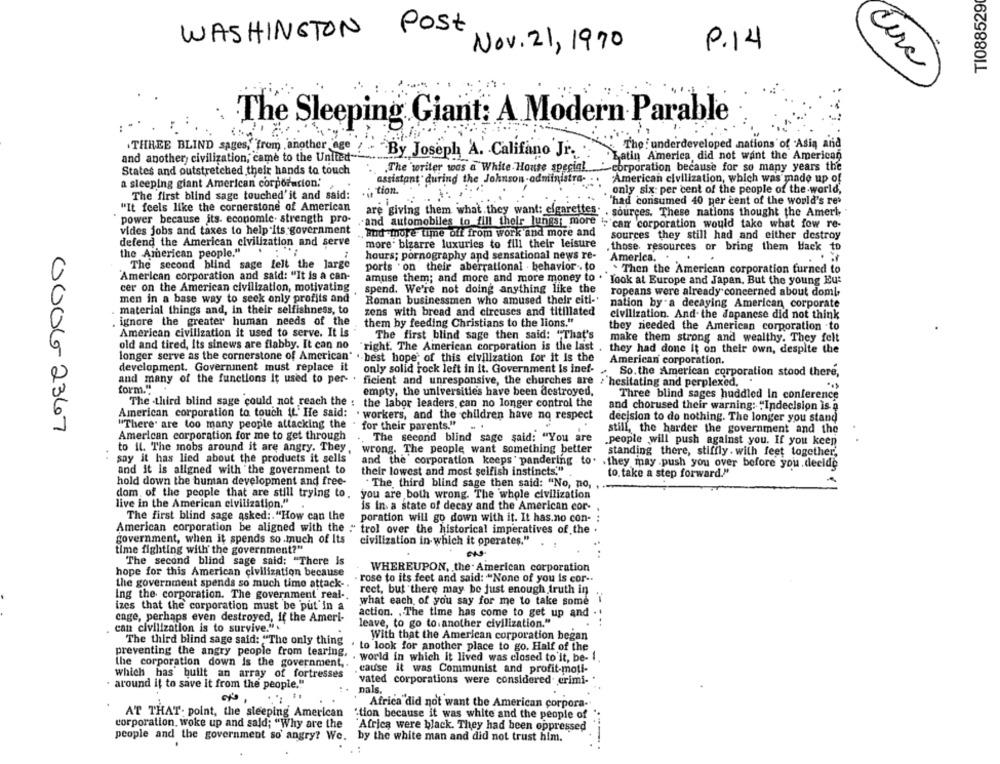
TI088529
WASHINGTON Post
P.14
Nov. 21, 1970
circ
The Sleeping Giant: A Modern Parable
:
.THREE BLIND sages,"from another age
The : underdeveloped nations of Asia and
and another civilization, came to the United-
By Joseph A. Califano Jr.
Latin America did not want the American
.The 'writer was a White House special
-corporation because for so many years the
States and outstretched their hands to touch
a sleeping giant American corporacion.'
assistant during the Johnson-administra-
American civilization, which was made up of
tion.
only six per cent of the people of the world,
The first blind sage touched'it and said:
"It feels like the cornerstone of American
1
"had consumed 40 per cent of the world's res
are giving them what they want: cigarettes
sources. These nations thought the Ameri-
power because its. economie. strength pro-
and automobiles to fill their lungs; more
vides jobs and taxes to help its government
car corporation would take what fow re-
and more time off from work and more and
sources they still had and either destroy
defend the American civilization and serve
more' bizarre luxuries to fill their leisure
the American people."
those resources or bring them back to
hours; pornography and sensational news re-
America.
The second blind sage felt the large
ports . on their aberrational . behavior . to
American corporation and said: "It is a can-
. Then the American corporation turned to
amuse them; and more and more money to
look at Europe and Japan. But the young Eu:
cer on the American civilization, motivating
spend. We're not doing anything like the
men in a base way to seek only profits and
ropeans were already concerned about doml
Roman businessmen who amused their citi-
nation by a decaying American corporate
material things and, in their selfishness, to
zens with bread and circuses and titillated
ignore the greater human needs of the
civilization. And the Japanese did not think
them by feeding Christians to the lions."
they needed the American corporation to
American civilization it used to serve. It is
The first blind sage then said: "That's
old and tired, its sinews are flabby. It can no
make them strong and wealthy. They felt
right. The American corporation is the last
they had done It on their own, despite the
longer serve as the cornerstone of American' . best hope of this civilization for it is the
American corporation.
development. Government must replace it
only solid rock left in it. Government is inef-
So.the American corporation stood there,
and many of the functions it used to per- . ficient and unresponsive, the churches are > hesitating and perplexed,
form."
empty, the universities have been destroyed,
Three blind sages huddled In conference
The .third blind sage could not reach the : the labor leaders can no longer control the
and chorused their warning: "Indecision is a
American corporation to touch it' He said:
. workers, and the children have no respect
decision to do nothing. The longer you stand
00062367
"There are too many people attacking the
for their parents."
American corporation for me to get through
still, the harder the government and the
The second blind sage said: "You are
.people will push against you. If you keen
to il. The mobs around it are angry. They,
wrong. The people want something better
standing there, stiffly . with feet together,
say it has lied about the products it sells
and the' corporation keeps' pandering to. . they may .push you over before you decide
and it is aligned with the government to
their lowest and most selfish instincts."
to. take a step forward."
hold down the human development and free-
" The third blind sage then said: "No, no,
dom of the people that are still trying to.
you are both wrong. The whole civilization
live in the American civilization."
is in a state of decay and the American cor-
The first blind sage asked :. "How can the
poration will go down with it. It has.no con-
American corporation be aligned with the : trol over the historical imperatives of the .
government, when it spends so much of Its
civilization in-which it operates."
time fighting with the government?"
The second blind sage said: "There is
hope for this American civilization because
WHEREUPON, the American corporation
rose to its feet and said: "None of you is cor -.
the government spends so much time attack-
rect, but there may be just enough truth in
Ing the corporation. The government real -.
what each of you say for me to take some
izes that the corporation must be put in a
cage, perhaps even destroyed, if the Ameri-
action. . The time has come to get up and
can civilization is to survive."
leave, to go to another civilization."
..
The third blind sage said: "The only thing
With that the American corporation began
. to look for another place to go. Half of the
preventing the angry people from tearing. . world in which it lived was closed to it, be- I
the corporation down is the government ,.
.cause it was Communist and profit-moti-
which has built an array of fortresses
vated corporations were considered crimi-
· around it to save it from the people."
nals.
Africa did not want the American corpora-
AT THAT point, the sleeping American
'tion because it was white and the people of
corporation, woke up and sald; "Why are the
"Africa were black. They had been oppressed
people and the government so' angry? We. by the white man and did not trust him.